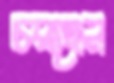
চরছেন